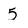
Character: 5